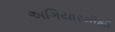
અગિયારમીથી